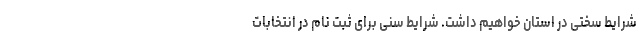
شرایط سختی در استان خواهیم داشت. شرایط سنی برای ثبت نام در انتخابات